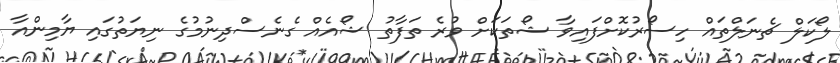
ލޯކަލް ޗެނަލްތައް ހިސޯރުކޮށްފައިވާ ޝޯތަކަށް ވުރެ ތަފާތު ޝޯއެއް ގެނެސްދިނުމުގެ ނިޔަތުގައި ޔާމިންއާ